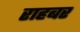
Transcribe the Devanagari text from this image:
राहबर